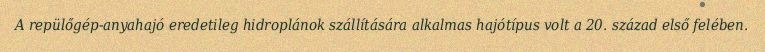
A repülőgép-anyahajó eredetileg hidroplánok szállítására alkalmas hajótípus volt a 20. század első felében.